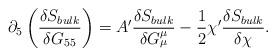
LaTeX: \begin{align*}\partial_5 \left( \frac{\delta S_{bulk}}{\delta G_{55}} \right) = A' \frac{\delta S_{bulk}}{\delta G^{\mu}_{\mu}} - \frac{1}{2} \chi' \frac{\delta S_{bulk}}{\delta \chi}.\end{align*}